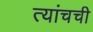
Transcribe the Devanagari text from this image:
त्यांचची